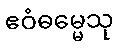
ဧဝံဓမ္မေသု